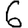
Digit: 6